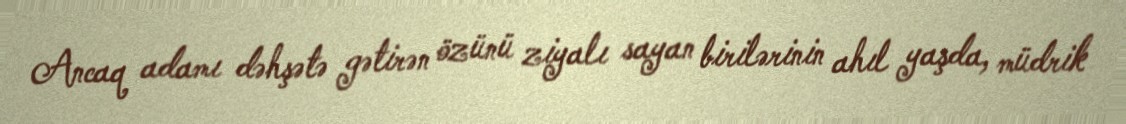
Ancaq adamı dəhşətə gətirən özünü ziyalı sayan birilərinin ahıl yaşda, müdrik